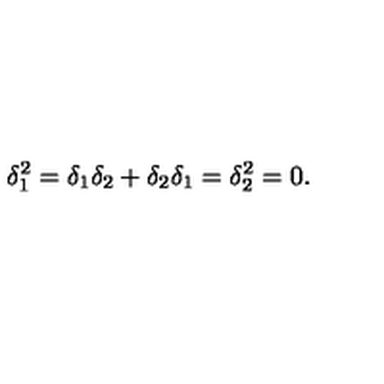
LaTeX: \delta _ { 1 } ^ { 2 } = \delta _ { 1 } \delta _ { 2 } + \delta _ { 2 } \delta _ { 1 } = \delta _ { 2 } ^ { 2 } = 0 .